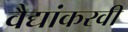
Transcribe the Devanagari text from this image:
वैद्यांकरवी